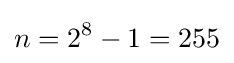
n=2^{8}-1=255